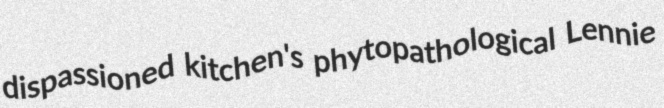
dispassioned kitchen's phytopathological Lennie